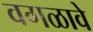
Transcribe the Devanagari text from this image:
वगळावे